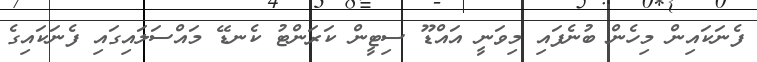
ފެނަކައިން މިހެން ބުނެފައި މިވަނީ އައްޑޫ ސިޓީން ކަރަންޓު ކެނޑޭ މައްސަލައިގައި ފެނަކައިގެ